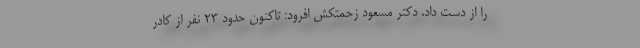
را از دست داد. دکتر مسعود زحمتکش افرود: تاکنون حدود ۲۳ نفر از کادر